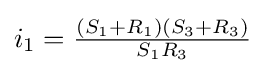
i_{1}={\tfrac {(S_{1}+R_{1})(S_{3}+R_{3})}{S_{1}R_{3}}}